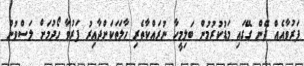
ފަރުވާއެއް ދޭން ގޭގައި މަޑުކުރުމުން ބަލިމީހާ ނުރައްކާތެރި ހާލަތަކަށްދާއިރު ފަރުވާ ހޯދުމަށް ލަސްވުން